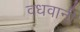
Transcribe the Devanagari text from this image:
वधवानी